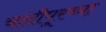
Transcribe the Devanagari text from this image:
चांदीपूरच्या